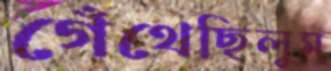
গেঁথেছিলুম